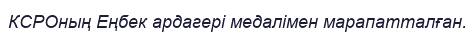
КСРОның Еңбек ардагері медалімен марапатталған.